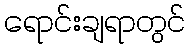
ရောင်းချရာတွင်